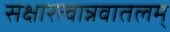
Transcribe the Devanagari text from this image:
सक्षारत्वान्नवातलम्